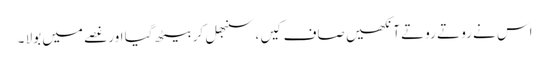
اس نے رو تے روتے آنکھیں صاف کیں ، سنبھل کر بیٹھ گیا اور غصے میں بولا ۔